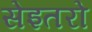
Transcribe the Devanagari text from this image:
सेइतरो